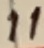
Text: 11